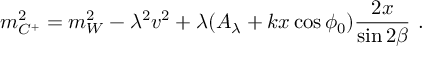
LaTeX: m _ { C ^ { + } } ^ { 2 } = m _ { W } ^ { 2 } - \lambda ^ { 2 } v ^ { 2 } + \lambda ( A _ { \lambda } + k x \cos \phi _ { 0 } ) { \frac { 2 x } { \sin 2 \beta } } \ .